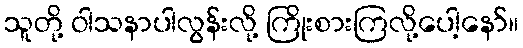
သူတို့ ဝါသနာပါလွန်းလို့ ကြိုးစားကြလို့ပေါ့နော်။